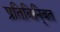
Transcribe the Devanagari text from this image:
प्रतिबिनि्बत